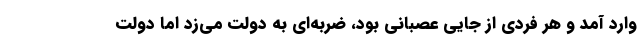
وارد آمد و هر فردی از جایی عصبانی بود، ضربه‌ای به دولت می‌زد اما دولت